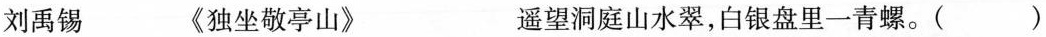
刘禹锡 《独坐敬亭山》 遥望洞庭山水翠，白银盘里一青螺。（）